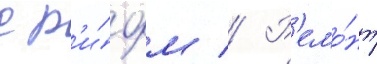
с р'и́фом // Р'емо́нт